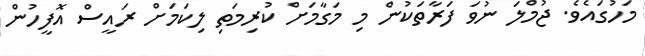
މަހުގައެވެ. ޖުމްލަ ނުވަ ފަރާތަކުން މި މަގާމަށް ކުރިމަތި ލިކަމަށް ރައީސް އޮފީހުން